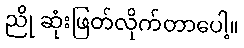
ညို ဆုံးဖြတ်လိုက်တာပေါ့။